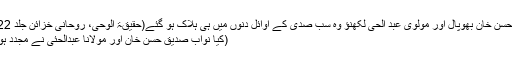
جیسا کہ نواب صدیق حسن خان بھوپال اور مولوی عبد الحی لکھنؤ وہ سب صدی کے اوائل دنوں میں ہی ہلاک ہو گئے(حقیقۃ الوحی، روحانی خزائن جلد 22 صفحہ 462 حاشیہ)
(کیا نواب صدیق حسن خان اور مولانا عبدالحئی نے مجدد ہونے کا دعوی کیا تھا؟